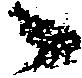
々